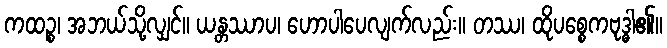
ကထဉ္စ၊ အဘယ်သို့လျှင်။ ယန္တဿာပ၊ ဟောပါပေလျက်လည်း။ တဿ၊ ထိုပစ္စေကဗုဒ္ဓါ၏။